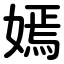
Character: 嫣